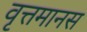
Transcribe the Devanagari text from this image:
वृत्तमानस